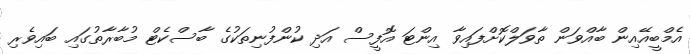
އެމްބީއޭއިން ބާއްވަން ތާވަލްކޮށްފައިވާ އިންޓަ އޮފީސް އަދި ކުންފުނިތަކުގެ ބާސްކެޓް މުބާރާތުގައި ބައިވެރި